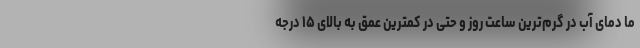
ما دمای آب در گرم‌ترین ساعت روز و حتی در کمترین عمق به بالای ۱۵ درجه